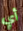
أي